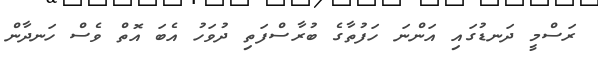
ރަސްމީ ދަނޑުގައި އަންނަ ހަފުތާގެ ބުރާސްފަތި ދުވަހު އެބަ އޮތް ވެސް ހަނދާން